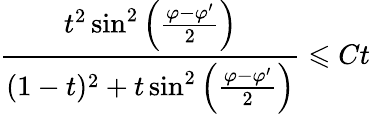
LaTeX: \frac{t^{2}\sin^{2}\left(\frac{\varphi-\varphi^{\prime}}{2}\right)}{(1-t)^{2}+t\sin^{2}\left(\frac{\varphi-\varphi^{\prime}}{2}\right)}\leqslant Ct